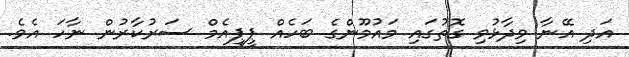
އަދި އޭނާ ވިދާޅުވި ގޮތުގައި މައުމޫންގެ ބަހެއް ޕީޕީއެމް ސަރުކާރުން ނާހަ އެވެ.